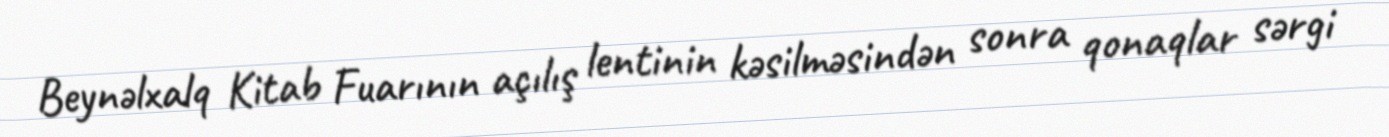
Beynəlxalq Kitab Fuarının açılış lentinin kəsilməsindən sonra qonaqlar sərgi